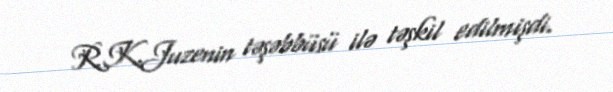
R.K.Juzenin təşəbbüsü ilə təşkil edilmişdi.